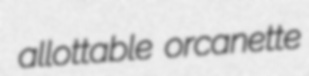
allottable orcanette